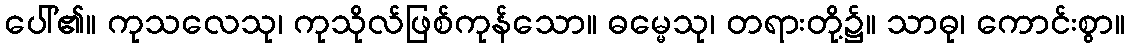
ပေါ်၏။ ကုသလေသု၊ ကုသိုလ်ဖြစ်ကုန်သော။ ဓမ္မေသု၊ တရားတို့၌။ သာဓု၊ ကောင်းစွာ။